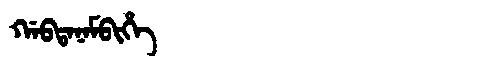
Manchu: ᡤᠠᠪᡨᠠᠨᠠᠮᠪᡳᡥᡝ
Romanization: GABTANAMBIHE